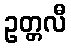
ဥတ္တလီ